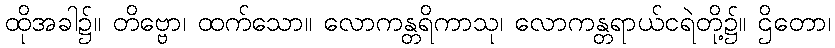
ထိုအခါ၌။ တိဗ္ဗော၊ ထက်သော။ လောကန္တရိကာသု၊ လောကန္တရာယ်ငရဲတို့၌။ ဌိတော၊